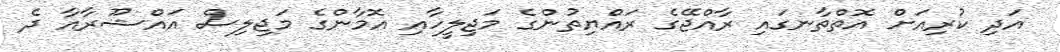
އަދި ކުރިއަށް އޮތްތާނގައި ރާއްޖޭގެ ރައްޔިތުންގެ މަޖިލީހާއި އޮމާންގެ މަޖިލިސް އައްޝޫރާއާ ދެ